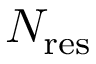
N _ { \mathrm { r e s } }